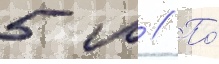
5 м // По́